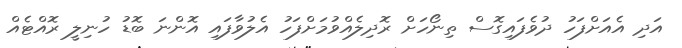
އަދި އެއަށްފަހު ދުވެފައިގޮސް ތިނޯހަށް ރޮދިލެއްވުމަށްފަހު އެލުވާފައި އޮންނަ ބޮޑު ހުނިލީ ރޮއްޓެއް